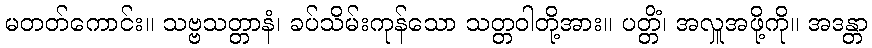
မတတ်ကောင်း။ သဗ္ဗသတ္တာနံ၊ ခပ်သိမ်းကုန်သော သတ္တဝါတို့အား။ ပတ္တိံ၊ အလှူအဖို့ကို။ အဒန္တာ